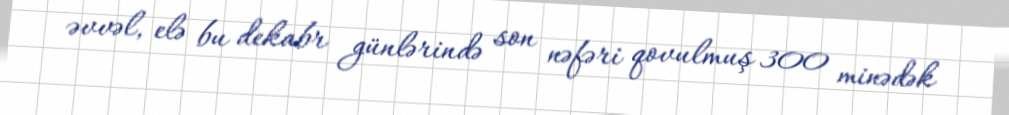
əvvəl, elə bu dekabr günlərində son nəfəri qovulmuş 300 minədək